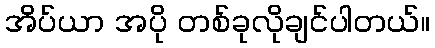
အိပ်ယာ အပို တစ်ခုလိုချင်ပါတယ်။